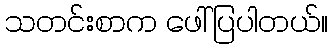
သတင်းစာက ဖေါ်ပြပါတယ်။